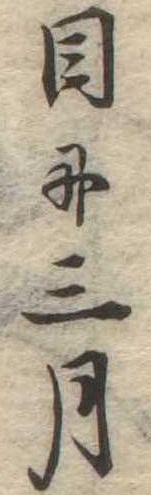
目に三月